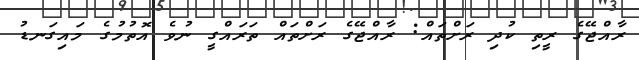
ރާއްޖޭގެ ރީތި ކުދި ރަށްތައް: ރާއްޖޭގެ ރަށްތައް ތަރައްގީ ނުވެ އޮތުމުގެ މައިގަނޑު